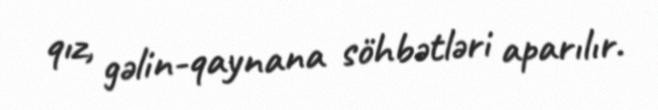
qız, gəlin-qaynana söhbətləri aparılır.